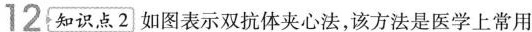
12知识点2如图表示双抗体夹心法，该方法是医学上常用